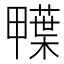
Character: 𮒅